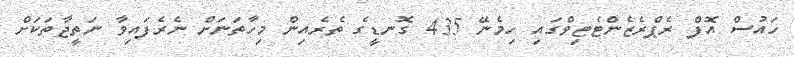
ހައުސް އޮފް ރެޕްރެޒެންޓެޓިވްގައި ހިމެނޭ 435 ގޮނޑީގެ ތެރެއިން މިހާތަނަށް ނެރެފައިވާ ނަތީޖާތަކަށް